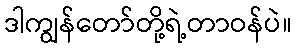
ဒါကျွန်တော်တို့ရဲ့တာဝန်ပဲ။